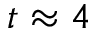
t \approx 4